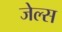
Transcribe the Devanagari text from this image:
जेल्स